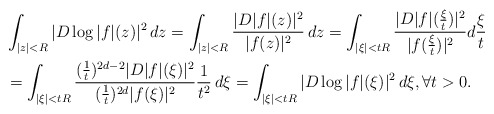
\begin{align*}&\int_{|z|<R}|D\log|f|(z)|^2\,dz=\int_{|z|<R}\frac{|D|f|(z)|^2}{|f(z)|^2}\,dz=\int_{|\xi|<tR}\frac{|D|f|(\frac{\xi}{t})|^2}{|f(\frac{\xi}{t})|^2}d\frac{\xi}{t}\\&=\int_{|\xi|<tR}\frac{(\frac{1}{t})^{2d-2}|D|f|(\xi)|^2}{(\frac{1}{t})^{2d}|f(\xi)|^2} \frac{1}{t^2} \,d\xi=\int_{|\xi|<tR}|D\log |f| (\xi)|^2\,d\xi,\forall t>0.\end{align*}